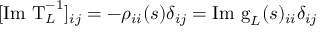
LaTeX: [ \mathrm { I m ~ T } _ { L } ^ { - 1 } ] _ { i j } = - \rho _ { i i } ( s ) \delta _ { i j } = \mathrm { I m ~ g } _ { L } ( s ) _ { i i } \delta _ { i j }